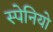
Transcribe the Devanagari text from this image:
स्पेनियो